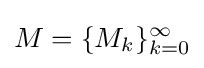
M=\{M_{k}\}_{k=0}^{\infty }